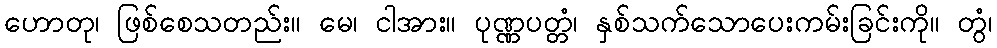
ဟောတု၊ ဖြစ်စေသတည်း။ မေ၊ ငါအား။ ပုဏ္ဏပတ္တံ၊ နှစ်သက်သောပေးကမ်းခြင်းကို။ တွံ၊